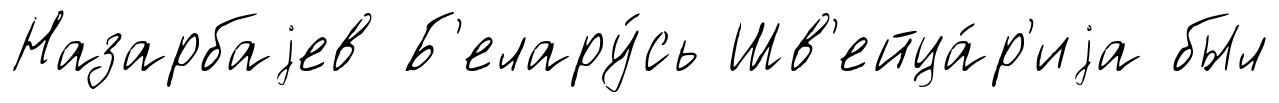
Назарбаjев Б'елару́сь Шв'ейца́р'иjа был